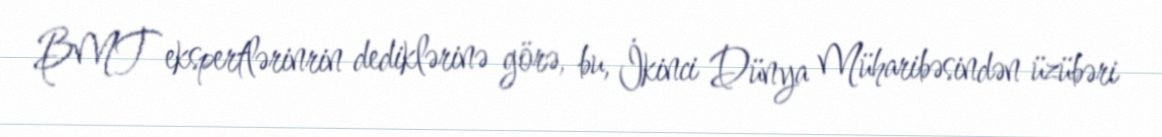
BMT ekspertlərinrin dediklərinə görə, bu, İkinci Dünya Müharibəsindən üzübəri